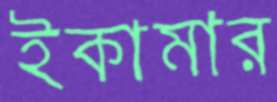
ইকামার